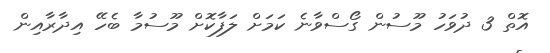
އޮތް 3 ދުވަހު މޫސުން ގޯސްވާނެ ކަމަށް ލަފާކޮށް މޫސުމާ ބެހޭ އިދާރާއިން